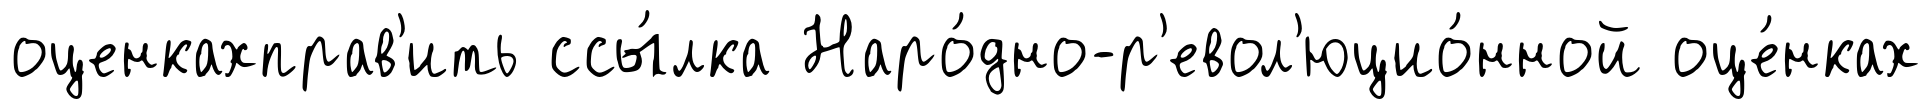
оценкахправ'ить ссы́лка Наро́дно-р'евол'юцио́нной оце́нках